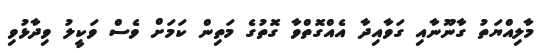
މާލިއްޔަތު ގާނޫނާއި ގަވާއިދާ އެއްގޮތްވާ ގޮތުގެ މަތިން ކަމަށް ވެސް ވަކީލު ވިދާޅުވި